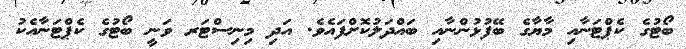
ބޯޓުގެ ކެޕްޓަނާއި މާޔާގެ ބޭފުޅުންނާއި ބައްދަލުކޮށްފައެވެ. އަދި މިނިސްޓަރ ވަނީ ބޯޓުގެ ކެޕްޓަނާއެކު